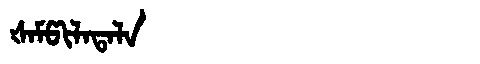
Manchu: ᡧᠠᠮᡦᡳᠯᠠᡨᠠᠯᠠ
Romanization: ŠAMPILATALA